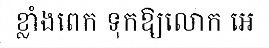
ខ្លាំងពេក ទុកឱ្យលោក អេ